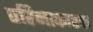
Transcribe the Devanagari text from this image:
परिनाकारक